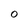
Character: 0